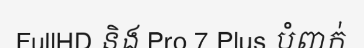
FullHD និង Pro 7 Plus បំពាក់